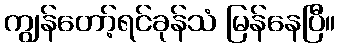
ကျွန်တော့်ရင်ခုန်သံ မြန်နေပြီ။